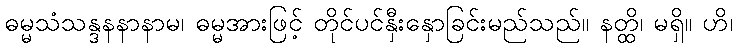
ဓမ္မသံသန္ဒနနာနာမ၊ ဓမ္မအားဖြင့် တိုင်ပင်နှီးနှောခြင်းမည်သည်။ နတ္ထိ၊ မရှိ။ ဟိ၊